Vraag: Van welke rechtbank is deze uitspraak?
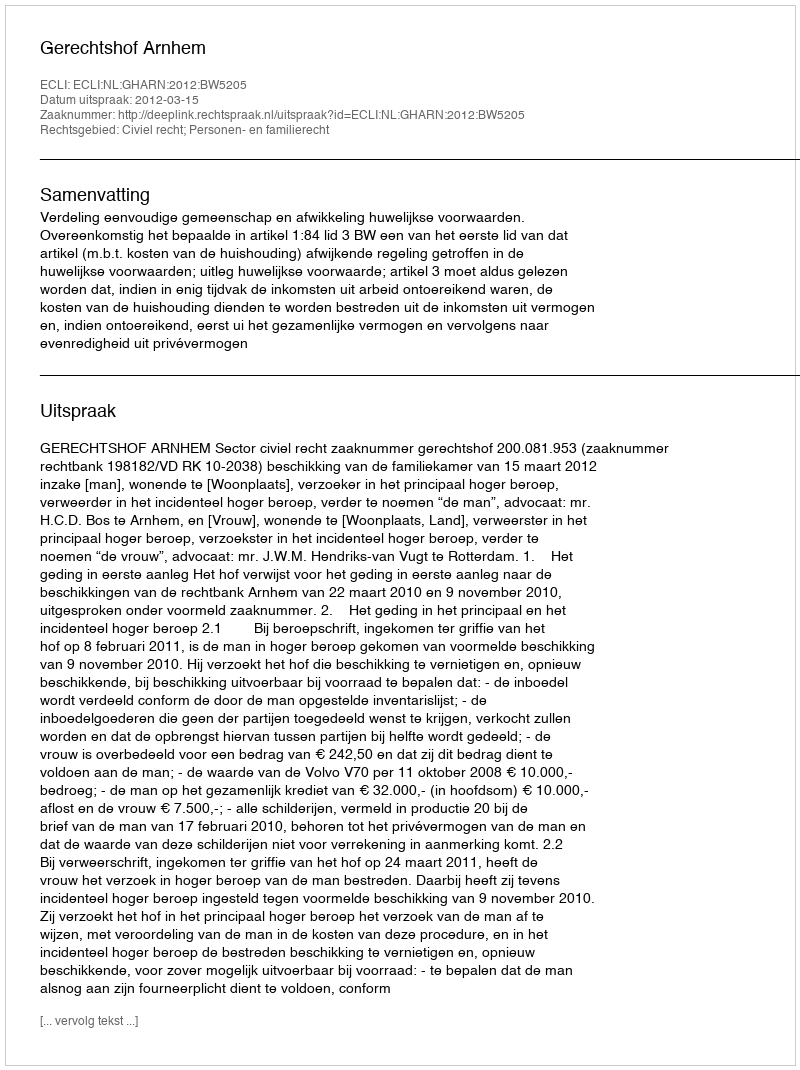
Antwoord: Gerechtshof Arnhem